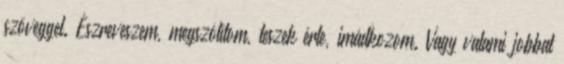
szöveggel. Észreveszem, megszólítom, teszek érte, imádkozom. Vagy valami jobbat